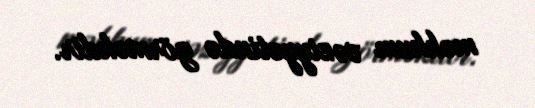
məhkum vəziyyətində görməkdir.